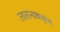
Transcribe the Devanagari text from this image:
तारानाथकृत